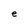
Character: e